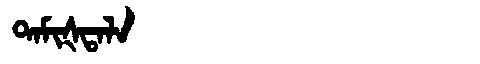
Manchu: ᡨᠠᠮᡳᡧᡨᠠᠯᠠ
Romanization: TAMIŠTALA